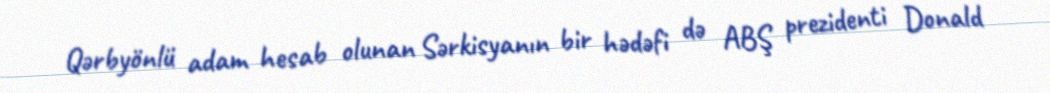
Qərbyönlü adam hesab olunan Sərkisyanın bir hədəfi də ABŞ prezidenti Donald